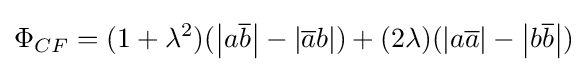
\Phi _{CF}=(1+\lambda ^{2})(\left\vert a{\overline {b}}\right\vert -\left\vert {\overline {a}}b\right\vert )+(2\lambda )(\left\vert a{\overline {a}}\right\vert -\left\vert b{\overline {b}}\right\vert )